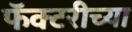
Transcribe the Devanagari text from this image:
फॅक्टरीच्या